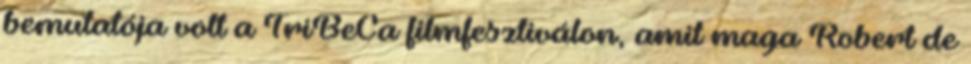
bemutatója volt a TriBeCa filmfesztiválon, amit maga Robert de